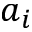
a _ { i }